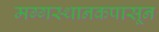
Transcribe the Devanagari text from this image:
मग्गस्थानकपासून